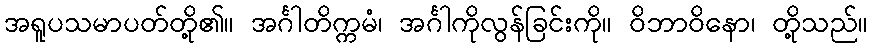
အရူပသမာပတ်တို့၏။ အင်္ဂါတိက္ကမံ၊ အင်္ဂါကိုလွန်ခြင်းကို။ ဝိဘာဝိနော၊ တို့သည်။